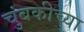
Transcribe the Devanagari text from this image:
चुंबकीच्या